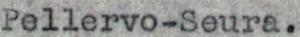
Pellervo-Seura.